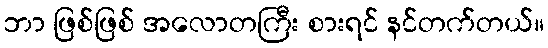
ဘာ ဖြစ်ဖြစ် အလောတကြီး စားရင် နင်တက်တယ်။